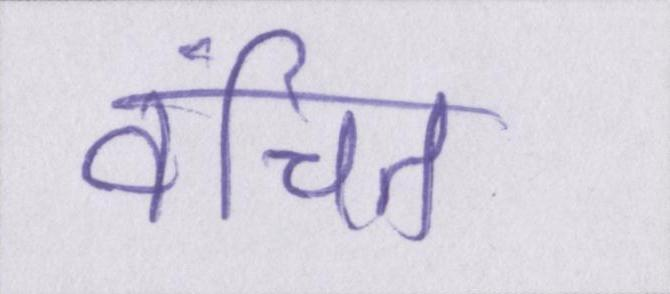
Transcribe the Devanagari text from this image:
वंचित